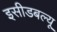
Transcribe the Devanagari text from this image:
इसीडबल्यू